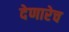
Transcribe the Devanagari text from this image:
देणारेच